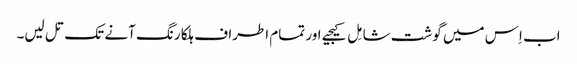
اب اِس میں گوشت شامِل کیجیے اور تمام اطراف ہلکا رنگ آنے تک تل لیں۔